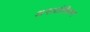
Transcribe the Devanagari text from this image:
अनातोलियन